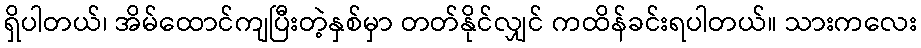
ရှိပါတယ်၊ အိမ်ထောင်ကျပြီးတဲ့နှစ်မှာ တတ်နိုင်လျှင် ကထိန်ခင်းရပါတယ်။ သားကလေး